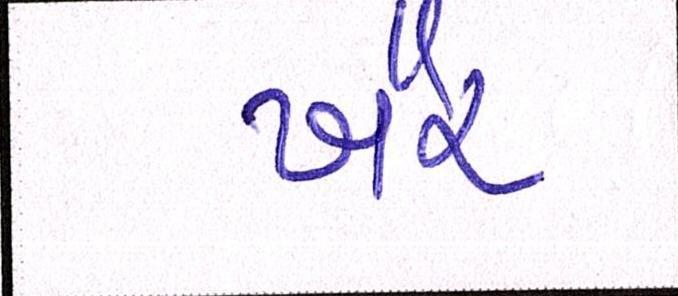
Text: ખૈર